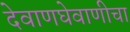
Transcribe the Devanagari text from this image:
देवाणघेवाणीचा